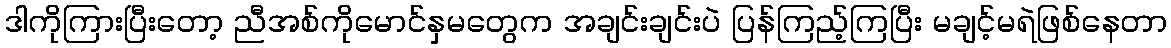
ဒါကိုကြားပြီးတော့ ညီအစ်ကိုမောင်နှမတွေက အချင်းချင်းပဲ ပြန်ကြည့်ကြပြီး မချင့်မရဲဖြစ်နေတာ